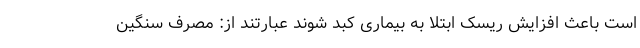
است باعث افزایش ریسک ابتلا به بیماری کبد شوند عبارتند از: مصرف سنگین